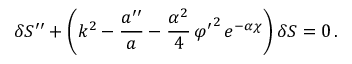
\delta S ^ { \prime \prime } + \left( k ^ { 2 } - \frac { a ^ { \prime \prime } } { a } - \frac { \alpha ^ { 2 } } { 4 } \, { \varphi ^ { \prime } } ^ { 2 } \, e ^ { - \alpha \chi } \right) \delta S = 0 \, .